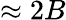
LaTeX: \approx 2B